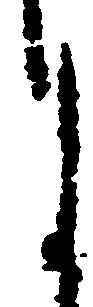
月